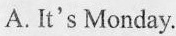
A.It's Monday.